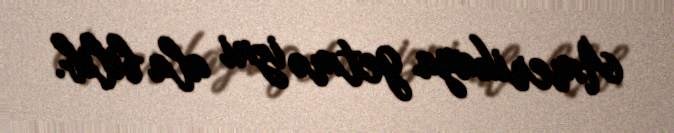
Amerikaya getmə izni ala bilib.